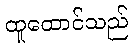
ထူထောင်သည်